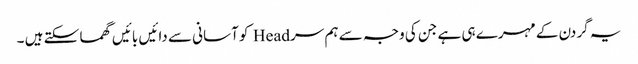
یہ گردن کے مہرے ہی ہے جن کی وجہ سے ہم سر Head کو آسانی سے دائیں بائیں گھما سکتے ہیں ۔